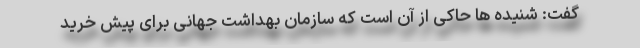
گفت: شنیده ها حاکی از آن است که سازمان بهداشت جهانی برای پیش خرید